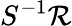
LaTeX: S^{-1}\mathcal{R}